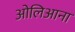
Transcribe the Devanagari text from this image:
ओलिआना